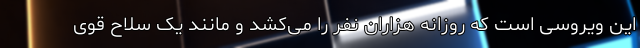
این ویروسی است که روزانه هزاران نفر را می‌کشد و مانند یک سلاح قوی